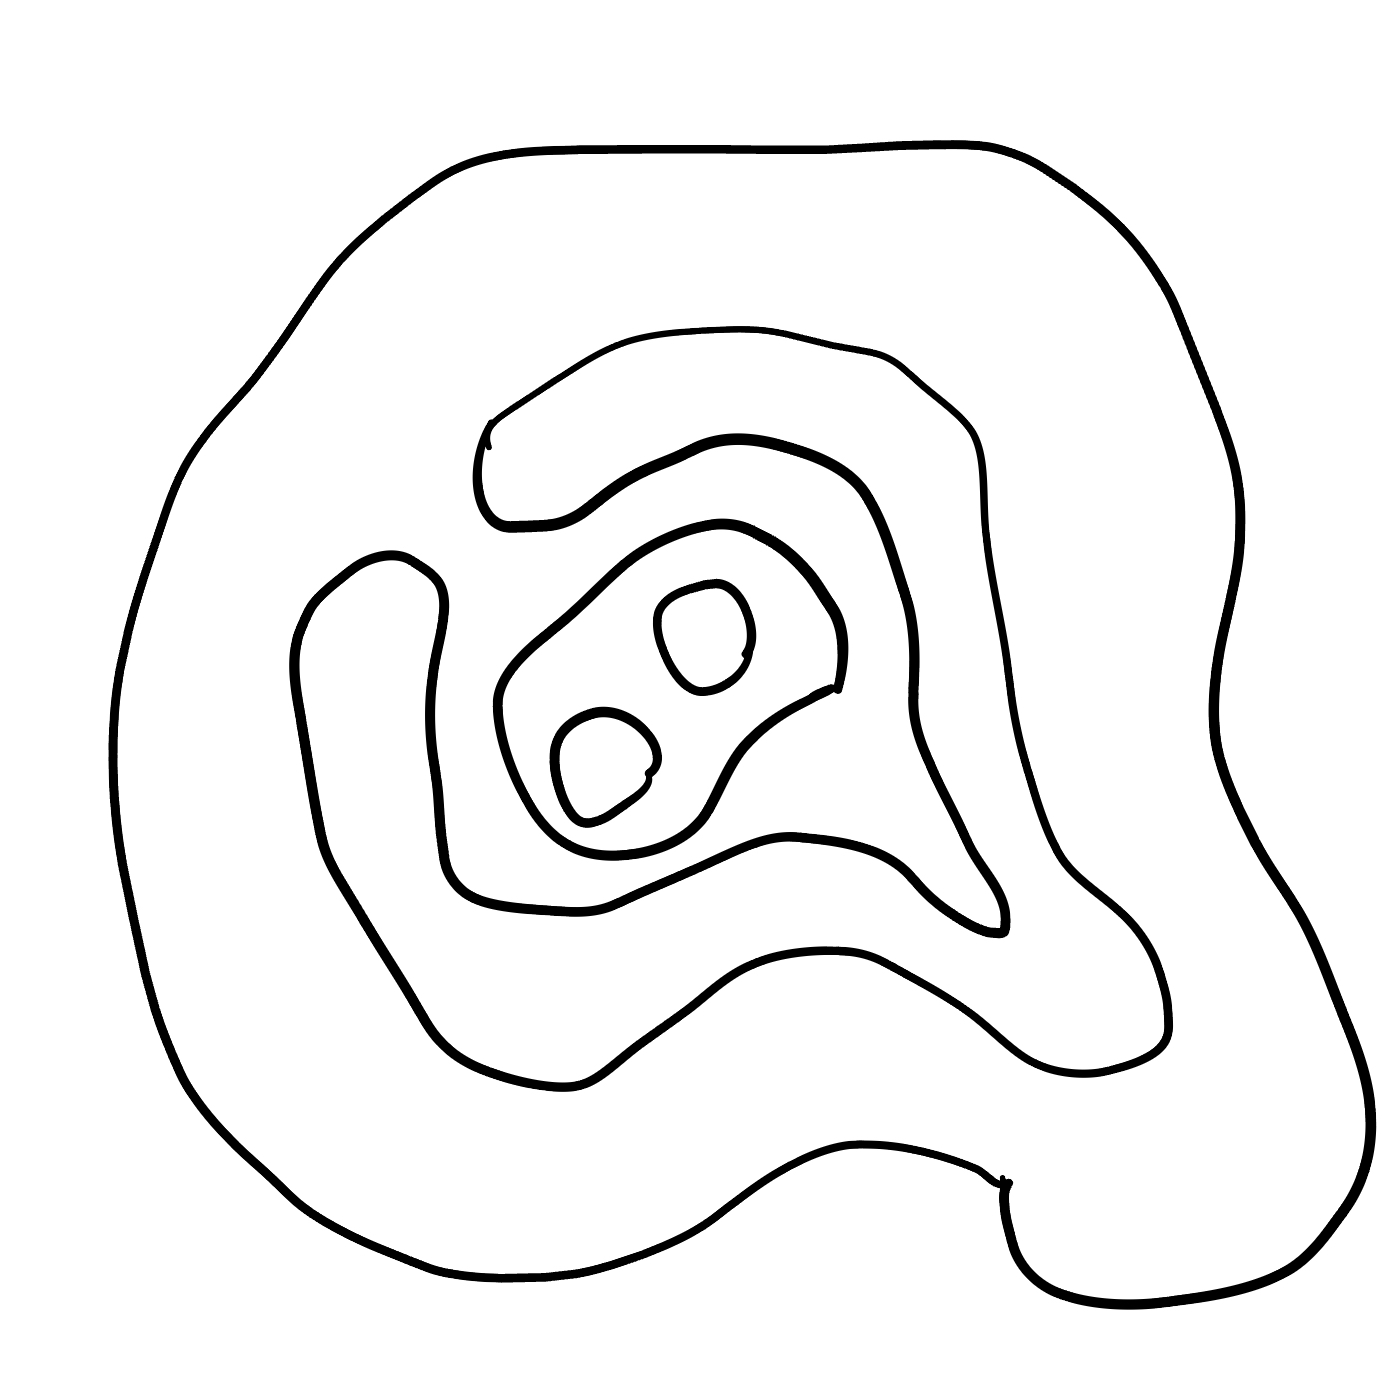
Number of regions (including the outer root region): 6
Containment tree edges (parent, child): 0, 1, 1, 2, 1, 5, 2, 3, 2, 4